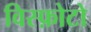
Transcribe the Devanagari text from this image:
विस्फ़ोटो